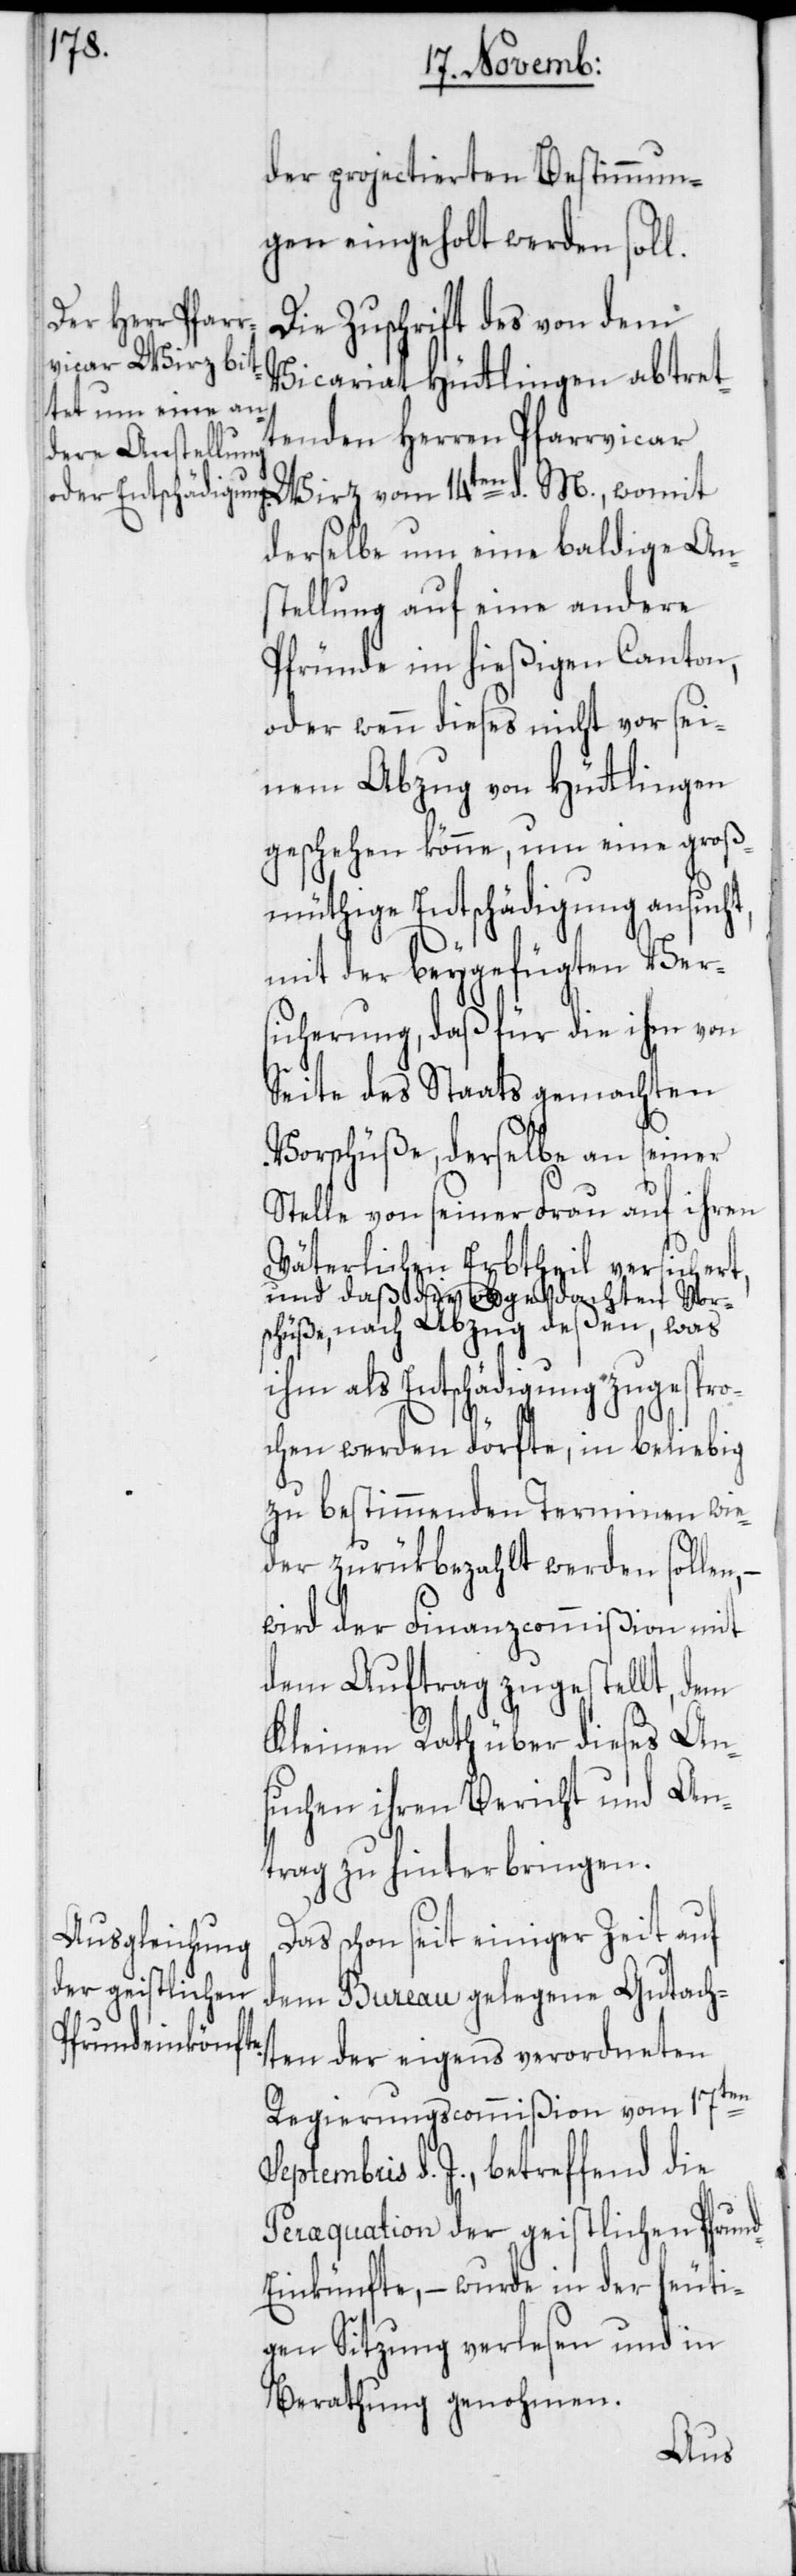
der projectierten Bestimmun¬
gen eingeholt werden soll.
Die Zuschrift des von dem
Vicariat Hüttlingen abtret¬
tenden Herren Pfarrvicar
derselbe um eine baldige Ans¬
tellung auf eine andere
Pfründe im hießigen Canton,
oder wenn dieses nicht vor sei¬
nem Abzug von Hüttlingen
geschehen könne, um eine groß¬
müthige Entschädigung ansucht,
mit der beygefügten Ver¬
sicherung, daß für die ihm von
Seite des Staats gemachten
Vorschüße, derselbe an seiner
Stelle von seiner Frau auf ihren
Väterlichen Erbtheil versichert,
und daß die obgedachten Vor¬
schüße, nach Abzug deßen, was
ihm als Entschädigung zugespro¬
chen werden dörfte, in beliebig
zu bestimmenden Terminen wie¬
der zurükbezahlt werden sollen,
wird der Finanzcommißion mit
dem Auftrag zugestellt, dem
Kleinen Rath über dieses An¬
suchen ihren Bericht und An¬
trag zu hinterbringen.
Das schon seit einiger Zeit auf
dem Bureau gelegene Gutach¬
ten der eigens verordneten
Se¬
Regierungscommißion vom 17ten
ptembris d. J., betreffend die
Peræquation der geistlichen Pfrun¬
d-Einkünfte, – wurde in der heuti¬
gen Sitzung verlesen und in
Berathung genohmen.